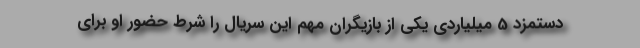
دستمزد 5 میلیاردی یکی از بازیگران مهم این سریال را شرط حضور او برای